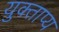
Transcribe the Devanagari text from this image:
युक्ताप्य